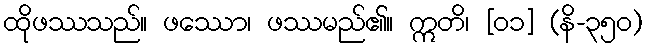
ထိုဖဿသည်။ ဖဿော၊ ဖဿမည်၏။ ဣတိ၊ [၀၁] (နိ-၃၅၀)